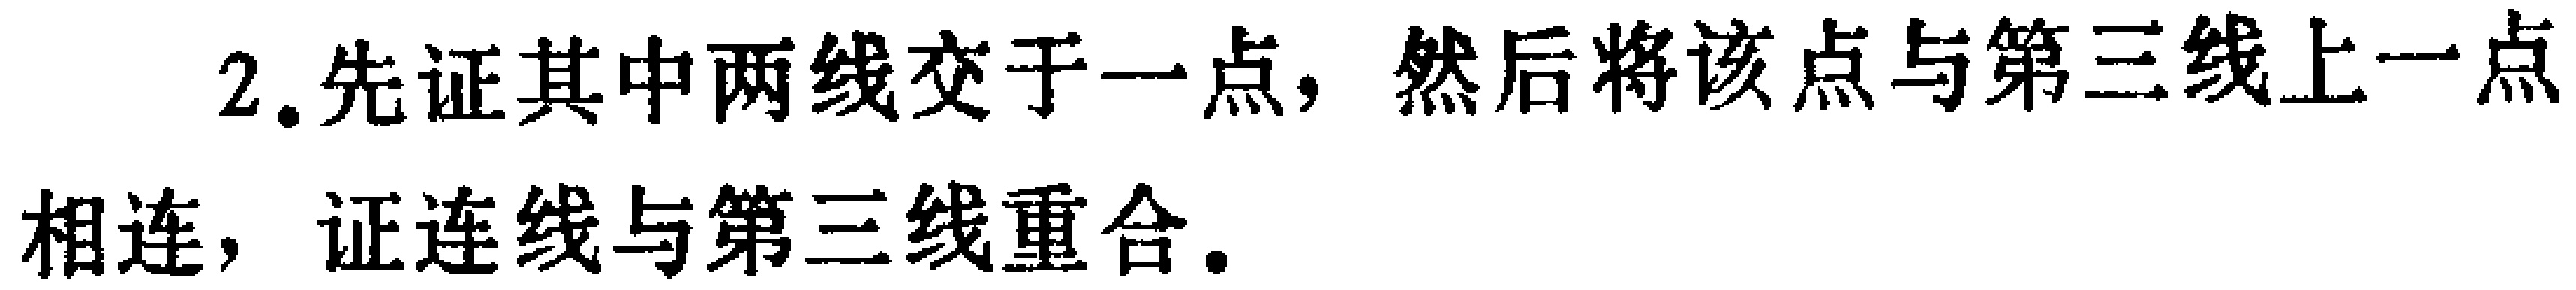
2. 先证其中两线交于一点，然后将该点与第三线上一点相连，证连线与第三线重合。